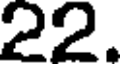
22.